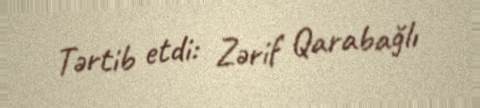
Tərtib etdi: Zərif Qarabağlı